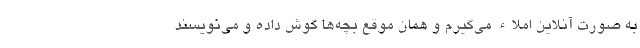
به صورت آنلاین املاء می‌گیرم و همان موقع بچه‌ها گوش داده و می‌نویسند